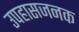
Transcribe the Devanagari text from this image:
उपहासजनक